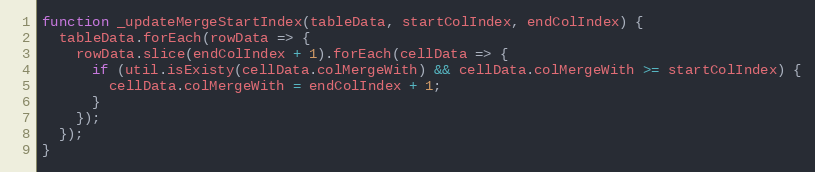
Language: JavaScript
function _updateMergeStartIndex(tableData, startColIndex, endColIndex) {
  tableData.forEach(rowData => {
    rowData.slice(endColIndex + 1).forEach(cellData => {
      if (util.isExisty(cellData.colMergeWith) && cellData.colMergeWith >= startColIndex) {
        cellData.colMergeWith = endColIndex + 1;
      }
    });
  });
}